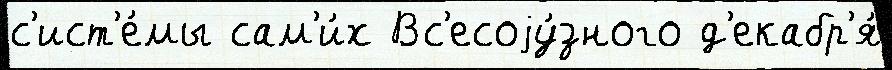
с'ист'е́мы сам'и́х Вс'есоjу́зного д'екабр'я́